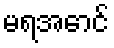
မရအောင်